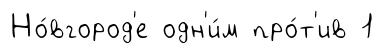
Но́вгород'е одн'и́м про́т'ив 1